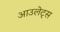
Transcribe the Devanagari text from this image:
आउलेट्स